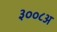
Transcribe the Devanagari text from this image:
३००८अ